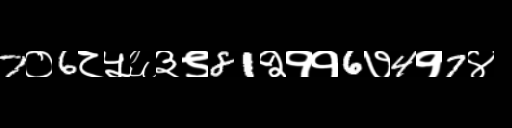
Text: 7०6८५६३९81२११6७4१7४